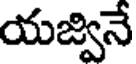
యజ్వినే